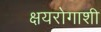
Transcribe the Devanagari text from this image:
क्षयरोगाशी